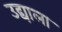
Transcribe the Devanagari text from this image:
उद्याला